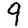
Digit: 9